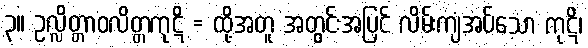
၃။ ဥလ္လိတ္တာဝလိတ္တကုဋိ = ထို့အတူ အတွင်းအပြင် လိမ်းကျံအပ်သော ကုဋိ၊